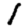
Digit: 1